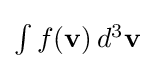
{\textstyle \int f(\mathbf {v} )\,d^{3}\mathbf {v} }